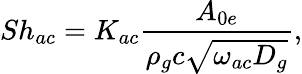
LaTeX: Sh_{ac}=K_{ac}\frac{A_{0e}}{\rho_{g}c\sqrt{\omega_{ac}D_{g}}},